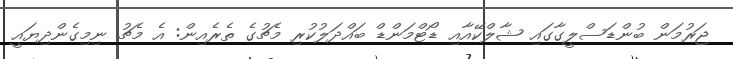
ޖަރުމަން ބުންޑަސްލީގާގައި ޝާލްކޭއާއި ޑޯޓްމަންޑް ބައްދަލުކުރި މެޗުގެ ތެރެއިން: އެ މެޗު ނިމިގެންދިޔައީ